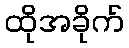
ထိုအခိုက်